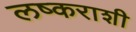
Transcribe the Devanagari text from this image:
लष्कराशी